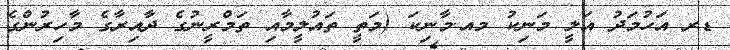
ޑރ އަހުމަދު އަލީ މަނިކު މއ.މާނިކަ (މަތީ ތައުލީމާއި ތަމްރީނުގެ ދާއިރާގެ މާހިރުންގެ